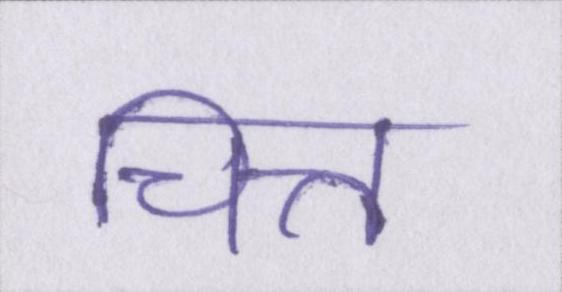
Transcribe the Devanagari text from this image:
चित्त